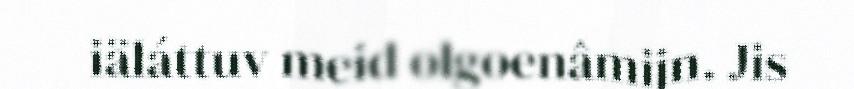
iäláttuv meid olgoenâmijn. Jis